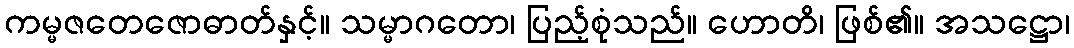
ကမ္မဇတေဇောဓာတ်နှင့်။ သမ္မာဂတော၊ ပြည့်စုံသည်။ ဟောတိ၊ ဖြစ်၏။ အသဋ္ဌော၊